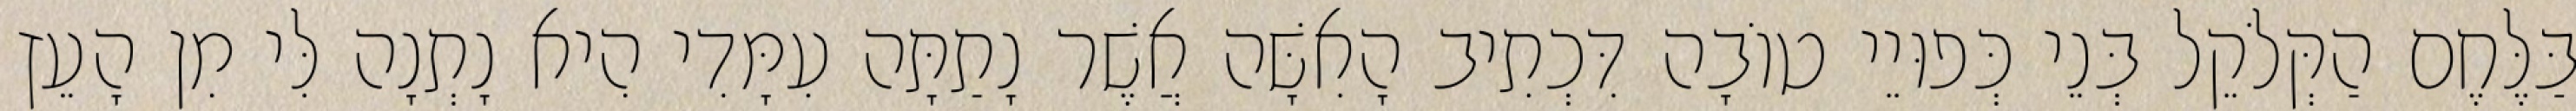
בַּלֶּחֶם הַקְּלֹקֵל בְּנֵי כְּפוּיֵי טוֹבָה דִּכְתִיב הָאִשָּׁה אֲשֶׁר נָתַתָּה עִמָּדִי הִיא נָתְנָה לִּי מִן הָעֵץ